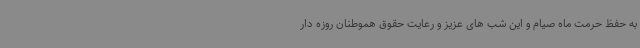
به حفظ حرمت ماه صیام و این شب های عزیز و رعایت حقوق هموطنان روزه دار